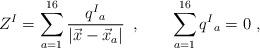
LaTeX: \begin{align*} Z^I = \sum _{a= 1}^{16} {q^I{}_a \over |\vec x - \vec x_a| }\, \ , \qquad\sum _{a= 1}^{16} q^I{}_a=0 \ ,\end{align*}